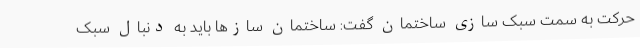
حرکت به سمت سبک سازی ساختمان گفت: ساختمان سازها باید به دنبال سبک